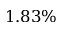
1 . 8 3 \%